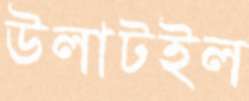
উলাটইল